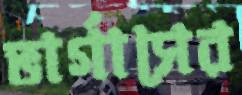
ভার্গাসের